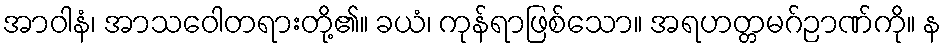
အာဝါနံ၊ အာသဝေါတရားတို့၏။ ခယံ၊ ကုန်ရာဖြစ်သော။ အရဟတ္တမဂ်ဉာဏ်ကို။ န